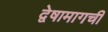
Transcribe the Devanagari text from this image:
द्वेषामागची